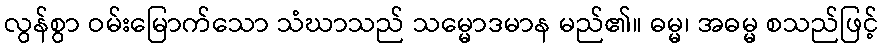
လွန်စွာ ဝမ်းမြောက်သော သံဃာသည် သမ္မောဒမာန မည်၏။ ဓမ္မ၊ အဓမ္မ စသည်ဖြင့်